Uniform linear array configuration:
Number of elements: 48
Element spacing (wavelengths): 1
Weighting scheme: hann
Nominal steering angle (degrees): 60
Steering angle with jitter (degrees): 58.246
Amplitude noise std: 0.05
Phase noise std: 0.05

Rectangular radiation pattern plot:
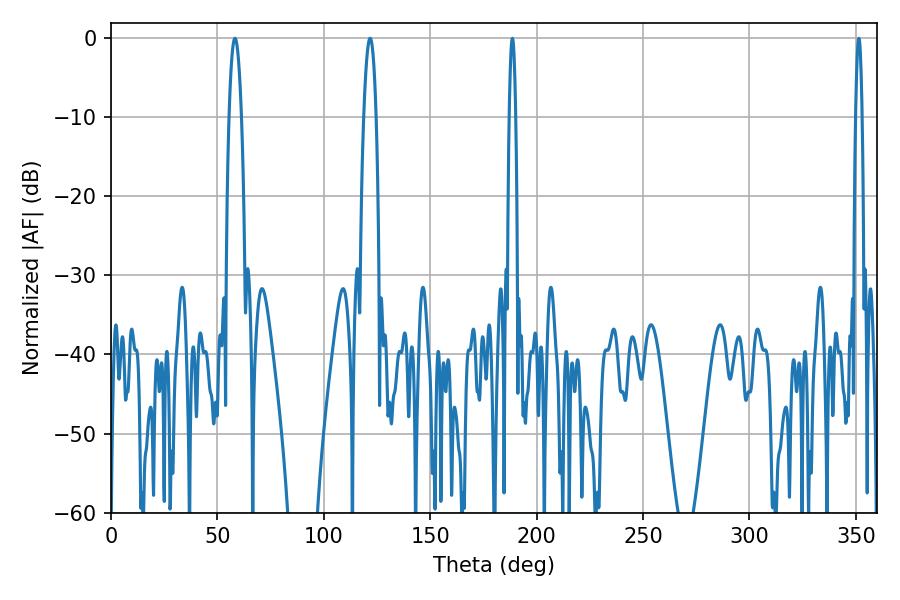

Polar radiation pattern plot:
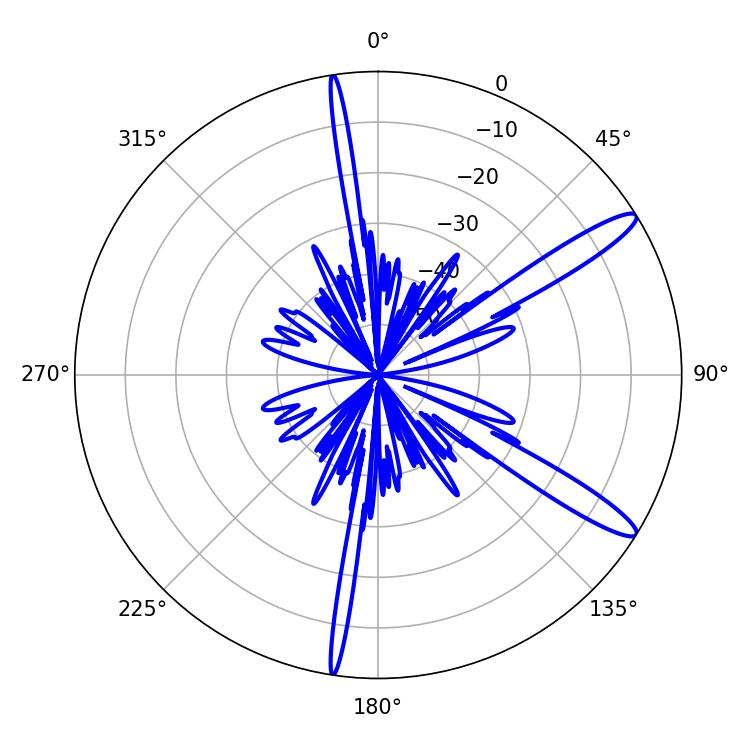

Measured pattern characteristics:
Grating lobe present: TRUE
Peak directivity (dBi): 13.27
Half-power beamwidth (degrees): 1.62
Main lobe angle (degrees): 351.36